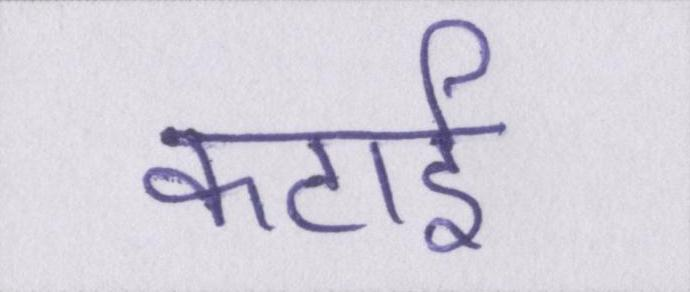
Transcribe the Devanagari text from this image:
कटाई